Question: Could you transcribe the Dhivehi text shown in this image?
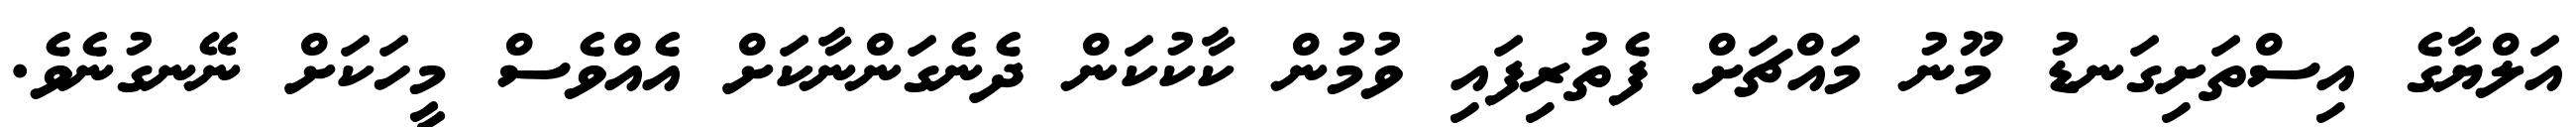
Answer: އަލްޔާގެ އިސްތަށިގަނޑު މޫނު މައްޗަށް ފެތުރިފައި ވުމުން ކާކުކަން ދެނެގަންނާކަށް އެއްވެސް މީހަކަށް ނޭނގުނެވެ.